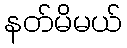
နတ်မိမယ်